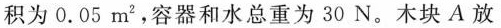
积为0.05m2，容器和水总重为30N。木块A放